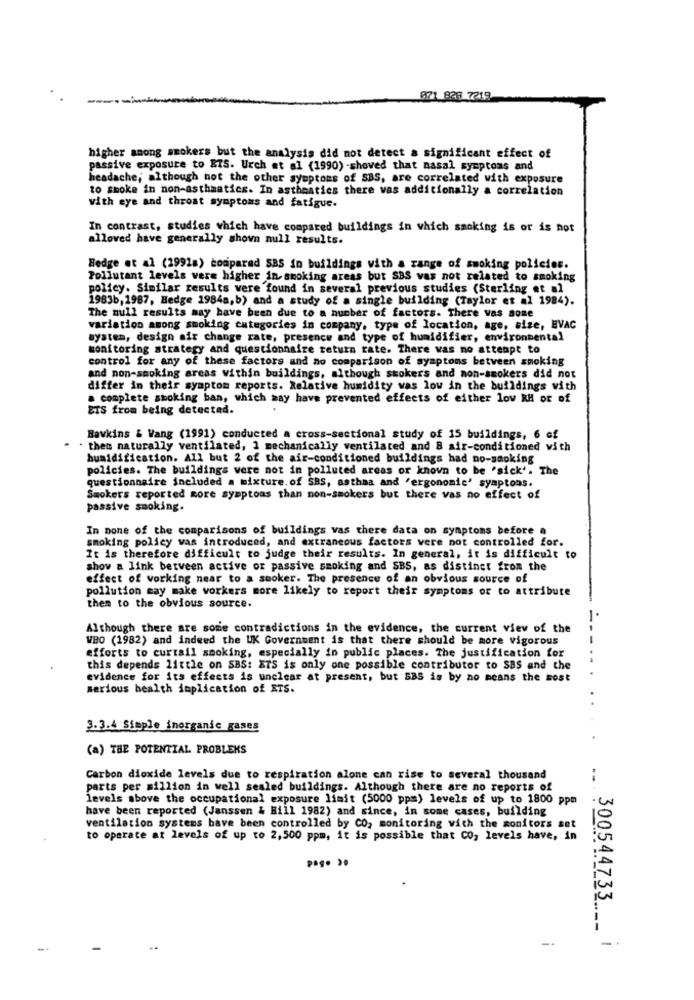
671 828 7219
higher among smokers but the analysis did not detect a significant effect of
passive exposure to RTS. Urch et al (1990) -shoved that nasal symptoms and
headache; although not the other symptoms of SBS, are correlated with exposure
to smoke in non-asthmatics. In asthmatics there vas additionally a correlation
with eye and throat symptoms and fatigue.
In contrast, studies which have compared buildings in which smoking is or is not
alloved have generally shown null results.
Bedge et al (1991=) compared SBS in buildings with a range of smoking policies.
Pollutant levels were higher in-smoking areas but SBS vas not related to smoking
policy. Similar results were found in several previous studies (Sterling et al
1983b, 1987, Hedge 1984a, b) and a study of a single building (Taylor et al 1984).
The null results may have been due to a number of factors. There vas some
variation among smoking categories in company, type of location, age, size, EVAC
system, design afr change rate, presence and type of humidifier, environmental
monitoring strategy and questionnaire return rate. There was no attempt to
control for any of these factors and no comparison of symptoms between smoking
and non-smoking areas within buildings, although stokers and non-smokers did not
differ in their symptom reports. Relative humidity was low in the buildings with
a complete smoking ban, which may have prevented effects of either lov RH or of
ETS from being detected.
Hawkins & Wang (1991) conducted a cross-sectional study of 15 buildings, 6 of
" then naturally ventilated, 1 mechanically ventilated and & air-conditioned with
humidification. All but 2 of the air-conditioned buildings had no-smoking
policies. The buildings were not in polluted areas or known to be 'sick'. The
questionnaire included a mixture. of SBS, asthma and 'ergonomic' symptoms.
Smokers reported more symptoms than non-smokers but there vas no effect of
passive smoking.
In none of the comparisons of buildings vas there data on symptoms before a
smoking policy was introduced, and extraneous factors vere not controlled for.
It is therefore difficult to judge their results. In general, it is difficult to
show a link between active or passive smoking and SBS, as distinct from the
effect of working near to a smoker. The presence of an obvious source of
pollution may make workers more likely to report their symptoms or to attribute
them to the obvious source.
Although there are some contradictions in the evidence, the current viev of the
WHO (1982) and indeed the UK Government is that there should be more vigorous
efforts to curtail smoking, especially in public places. The justification for
this depends little on SBS: ETS is only one possible contributor to SBS and the
evidence for its effects is unclear at present, but SBS is by no means the most
serious health implication of ATS.
3.3.4 Simple inorganic gases
(a) THE POTENTIAL PROBLEKS
Carbon dioxide levels due to respiration alone can rise to several thousand
parts per million in well sealed buildings. Although there are no reports of
levels above the occupational exposure limit (5000 pp=) levels of up to 1800 ppm
have been reported (Janssen & Hill 1982) and since, in some cases, building
ventilation systems have been controlled by CO, monitoring with the monitors set
to operate at levels of up to 2,500 ppm, it is possible that CO, levels have, in
pag. ..
300544733 |